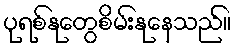
ပုရစ်နုတွေစိမ်းနုနေသည်။